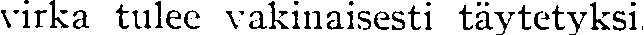
virka tulee vakinaisesti täytetyksi